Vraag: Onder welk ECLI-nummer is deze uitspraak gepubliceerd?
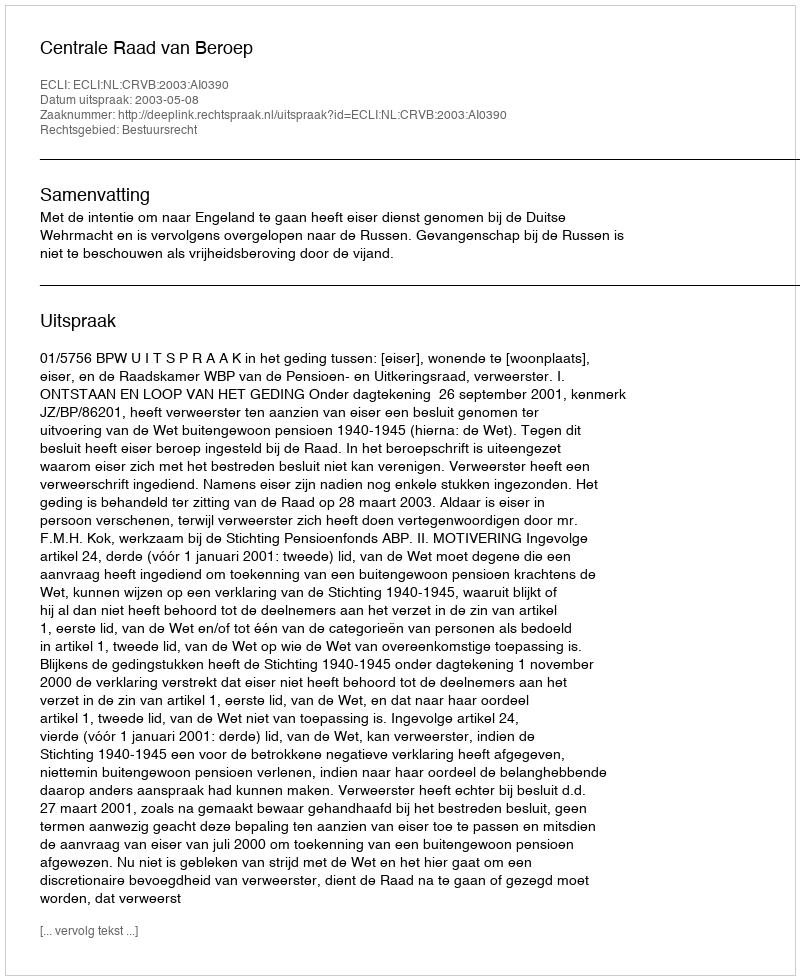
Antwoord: ECLI:NL:CRVB:2003:AI0390